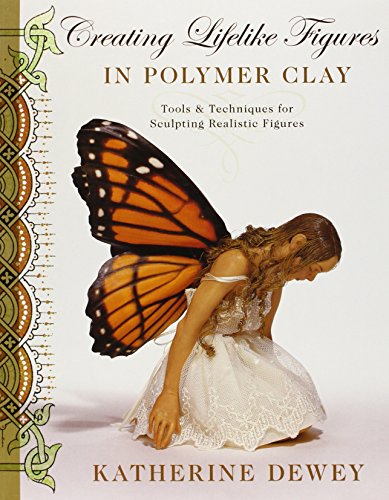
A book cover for Creating Lifelike Figures in Polymer Clay: Tools and Techniques for Sculpting Realistic Figures; Katherine Dewey; Crafts, Hobbies & Home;